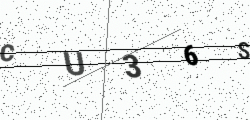
Text: CU36S